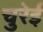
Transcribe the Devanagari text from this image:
चुरेई